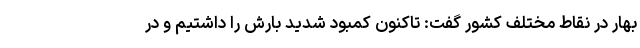
بهار در نقاط مختلف کشور گفت: تاکنون کمبود شدید بارش را داشتیم و در